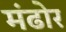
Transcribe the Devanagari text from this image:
मंढोर